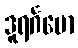
ဒူရင်္ဂမော